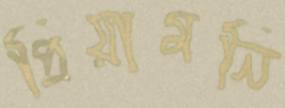
প্রিয়ামনি